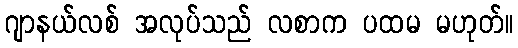
ဂျာနယ်လစ် အလုပ်သည် လစာက ပထမ မဟုတ်။